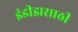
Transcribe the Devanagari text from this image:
इंडीझसाठी